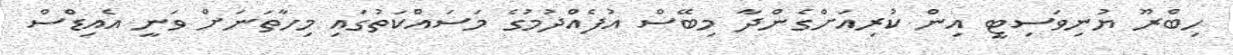
ހިބްރޫ ޔުނިވަސިޓީ އިން ކުރިއަށްގެންދާ މިބޭސް އުފެއްދުމުގެ މަސައްކަތުގައި މިހާތަނަށް ވަނީ އެއިޑްސް